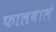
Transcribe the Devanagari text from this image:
फालवाले